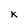
Character: K